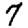
Digit: 7